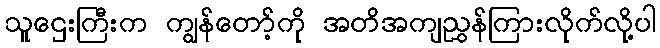
သူဌေးကြီးက ကျွန်တော့်ကို အတိအကျညွှန်ကြားလိုက်လို့ပါ